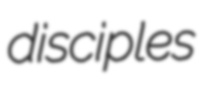
disciples